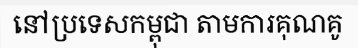
នៅប្រទេសកម្ពុជា តាមការគុណគូ